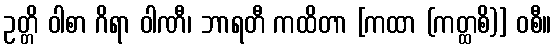
ဥတ္တိ ဝါစာ ဂိရာ ဝါဏီ၊ ဘာရတီ ကထိတာ [ကထာ (ကတ္ထစိ)] ဝစီ။